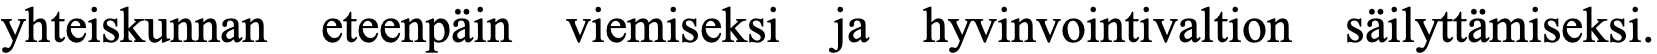
yhteiskunnan eteenpäin viemiseksi ja hyvinvointivaltion säilyttämiseksi.